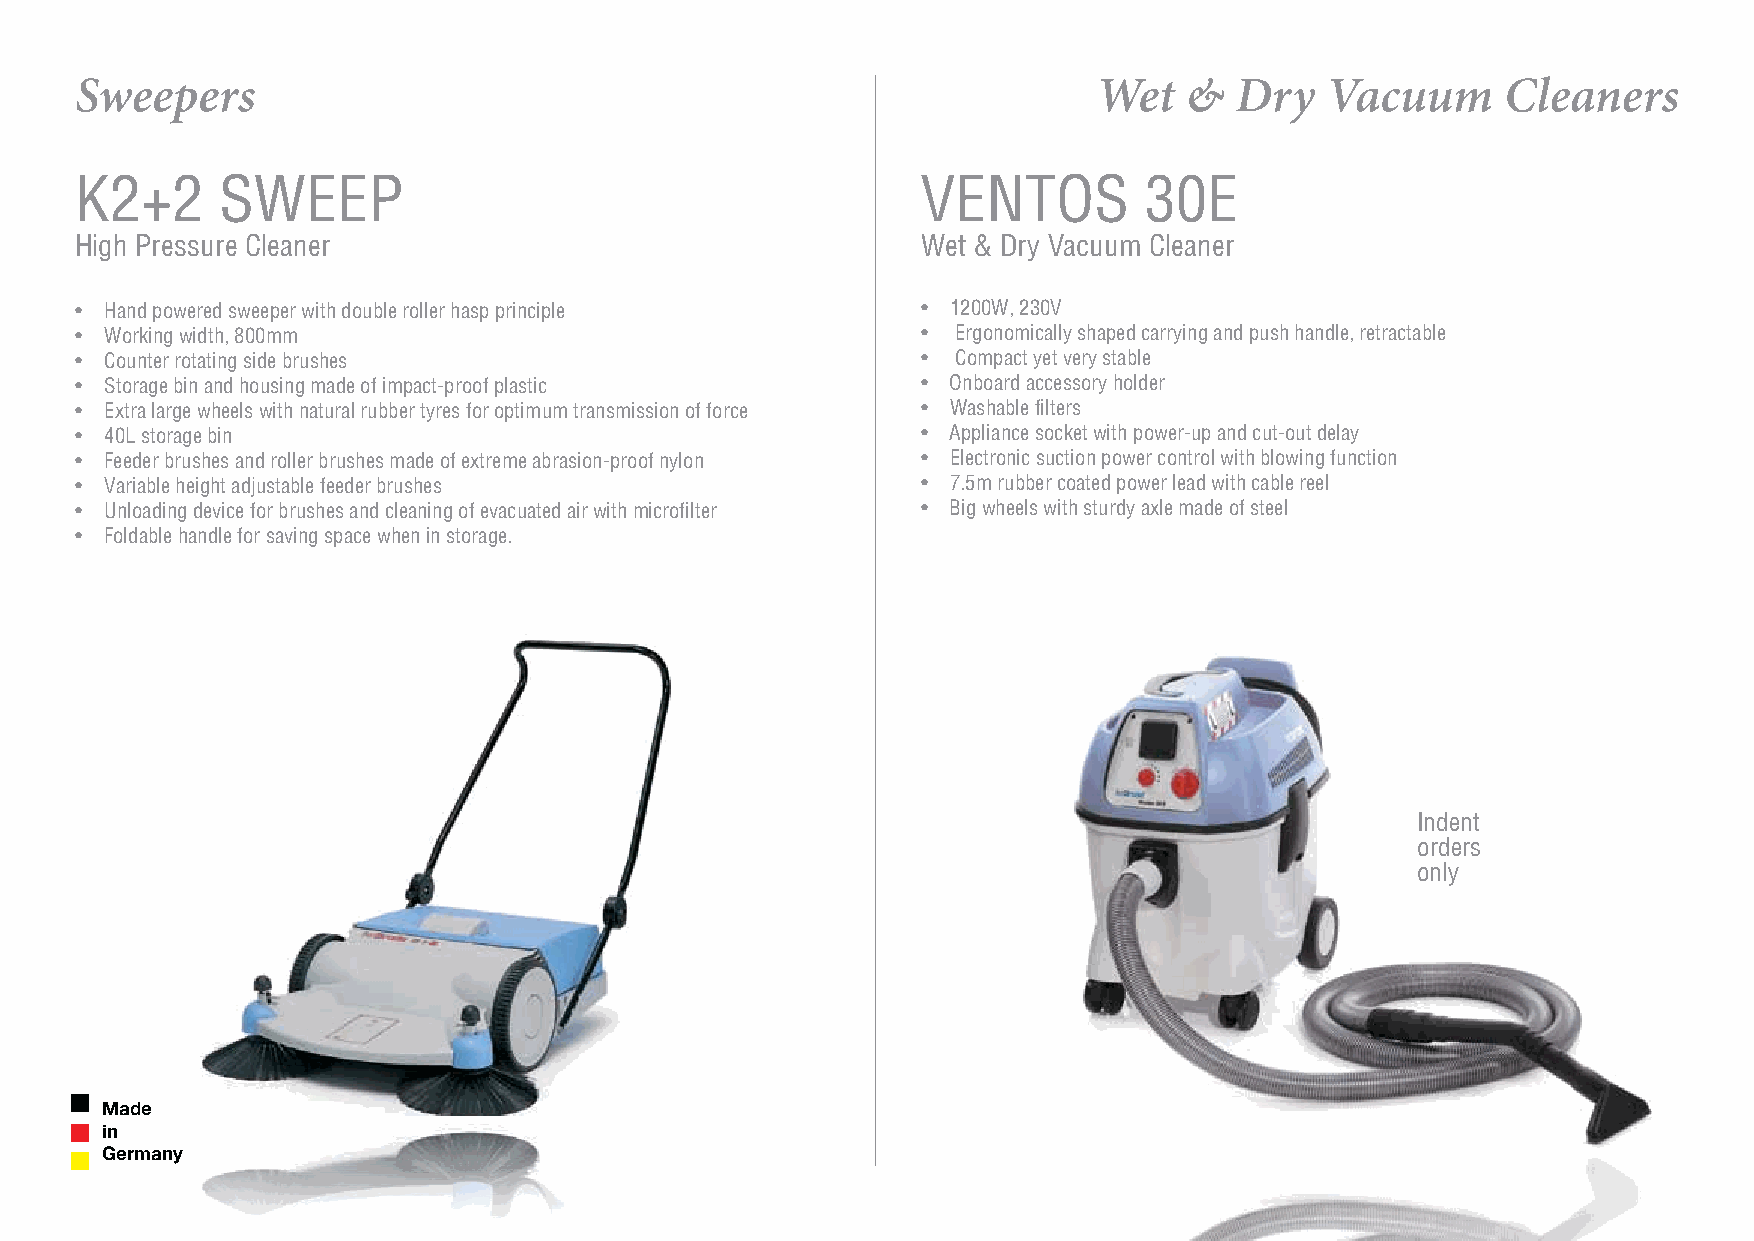
Sweepers                                                            Wet   &  Dry   Vacuum      Cleaners
 K2+2      SWEEP                                         VENTOS         30E
 High Pressure Cleaner                                   Wet & Dry Vacuum Cleaner
 • Hand powered sweeper with double roller hasp principle • 1200W, 230V
 • Working width, 800mm                                  • Ergonomically shaped carrying and push handle, retractable
 • Counter rotating side brushes                         • Compact yet very stable
 • Storage bin and housing made of impact-proof plastic  • Onboard accessory holder
 • Extra large wheels with natural rubber tyres for optimum transmission of force • Washable filters
 • 40L storage bin                                       • Appliance socket with power-up and cut-out delay
 • Feeder brushes and roller brushes made of extreme abrasion-proof nylon • Electronic suction power control with blowing function
 • Variable height adjustable feeder brushes             • 7.5m rubber coated power lead with cable reel
 • Unloading device for brushes and cleaning of evacuated air with microfilter • Big wheels with sturdy axle made of steel
 • Foldable handle for saving space when in storage.
 Indent
 orders
 only
 Made
 in
 Germany